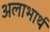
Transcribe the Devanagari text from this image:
अलाभार्थ